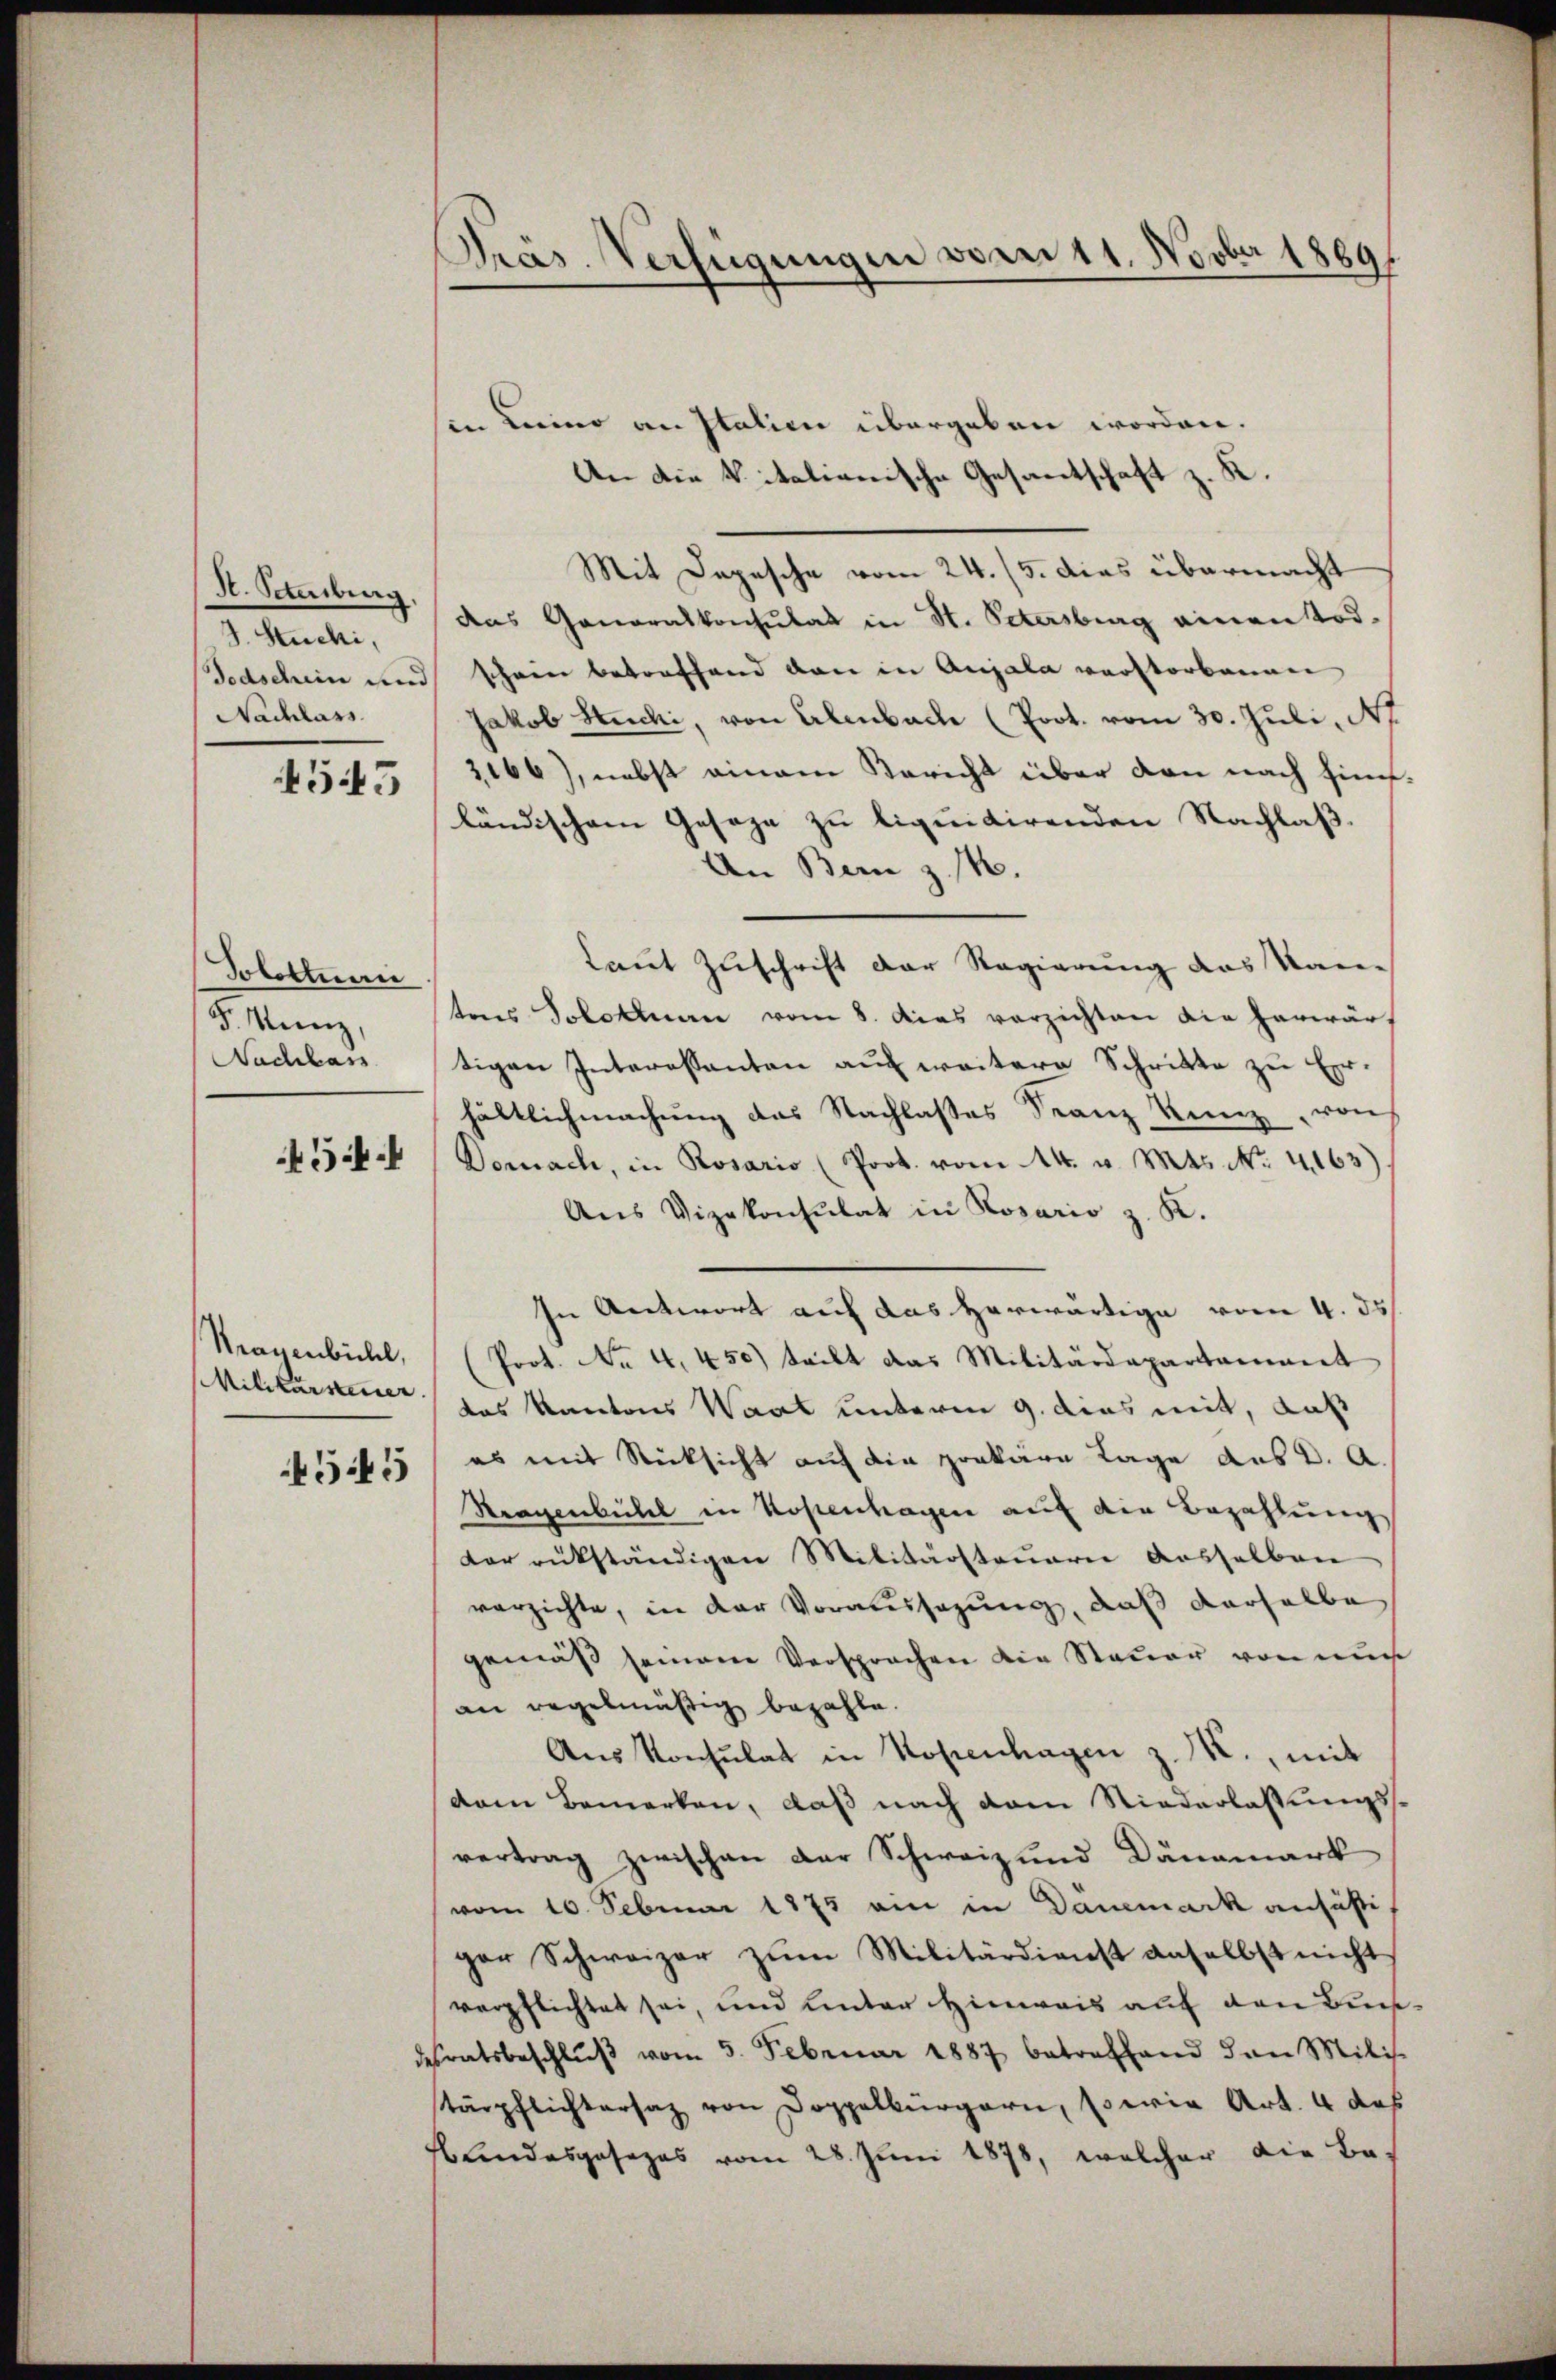
H. Scheiburg.
I. Miter,
Nachlass
545

Solottuan
F. Kunz
Nachbars

454.

Kragenbichl,
MMilitarsteuer

4545

Präs. Verfügungen vom 11. Novber 1889.

sin keine an Italien übergeben worden.
An die Vitalianische Gesantschaft z. K.
Mit Depesche vom 24. 15. dies übermacht
das Generalkonsulat in St. Petersburg einen Tod.
Todschein und schon betreffend dann in Augala verstorbenen
Jakob Stucki, von Erlenbach (Prot. vom 30. Juli, Ap
3166), nebst einem Bericht über den nach fünfländischem Geseze zu liquidirenden Nachlaß¬
An Bern z. 14.
Laut Zuschrift der Regierung das Kantens Solothurn vom 8. Das verzichten die herwärt
tigen Interessanten auf weitere Schritte zu Erhältlichmachung des Nachlasses Franz Kunz von
Dornach, in Rosario (Prot. vom 14. v. Mts. No. 4163)
Ans Vizekonsulat in Kosario z. K.
In Antwort auf das herwärtige vom 4. ds
(Prot. No 4. 450) teilt das Militärdepartament
das Kantons Waat unterm 9. dies mit, daß
es mit Rücksicht auf die prekäre Lage aus d. A.
Stragenbühl in Kopenhagen auf die Bezahlung
der rükständigen Militärsteuern dasselben
verzichte, in der Voraussagung, daß derselbe
gemäß seinem Versprochen die Steuer von nur
an regelmäßig bezahle.
Aŭs Konsulat in Kopenhagen z. B., mit
dem Bemerken, daß nach dem Niederlassungsvertrag zwischen der Schweiz und Dännmark
vom 16. Februar 1875 ein in Dänemark ansäßiger Schweizer zŭm Militärdienst anselbst nicht
verpflichtet sei, und hinter Hinweis auf den Bundesratsbeschlŭβ vom 5. Februar 1887 betreffend dan Milis.
tärpflichtersaz von Doppelbürgern, sowie Art. 4 des
 Lindesgesezes vom 28. Juni 1878, welcher die Be¬